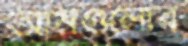
আমগুলোর